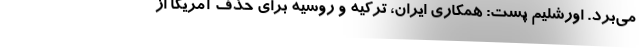
می‌برد. اورشلیم پست: همکاری ایران، ترکیه و روسیه برای حذف آمریکا از